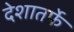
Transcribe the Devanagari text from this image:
देशातर्फे